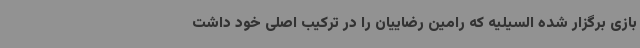
بازی برگزار شده السیلیه که رامین رضاییان را در ترکیب اصلی خود داشت